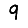
Digit: 9